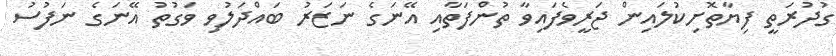
ގުދުރަތީ ފިޔާތޮށިކުލައިން ޖަރީވެފައިވާ ތުންފަތާއި އޭނަގެ ނަޒަރު ބައްދަލުވި ވަގުތު އޭނަގެ ނަފުސު